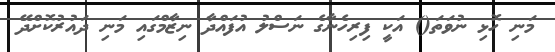
މަނި ހޮޅި ނުވަތަ() އަކީ ފިރިހެނާގެ ނަސްލު އުފައްދާ ނިޒާމްގައި މަނި ދައުރުކޮށްދޭ